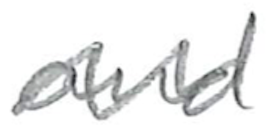
Text: and
Cross-out: wave
Writing tool: pencil